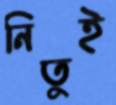
নিতুই